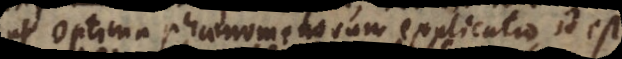
ut optima phaenomenorum explicatio, id est